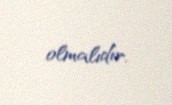
olmalıdır.